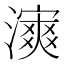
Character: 𤀿